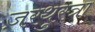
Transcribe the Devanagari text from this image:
ज़रथुस्त्रा